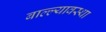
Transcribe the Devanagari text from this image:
बाल्ल्यावस्था